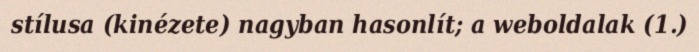
stílusa (kinézete) nagyban hasonlít; a weboldalak (1.)